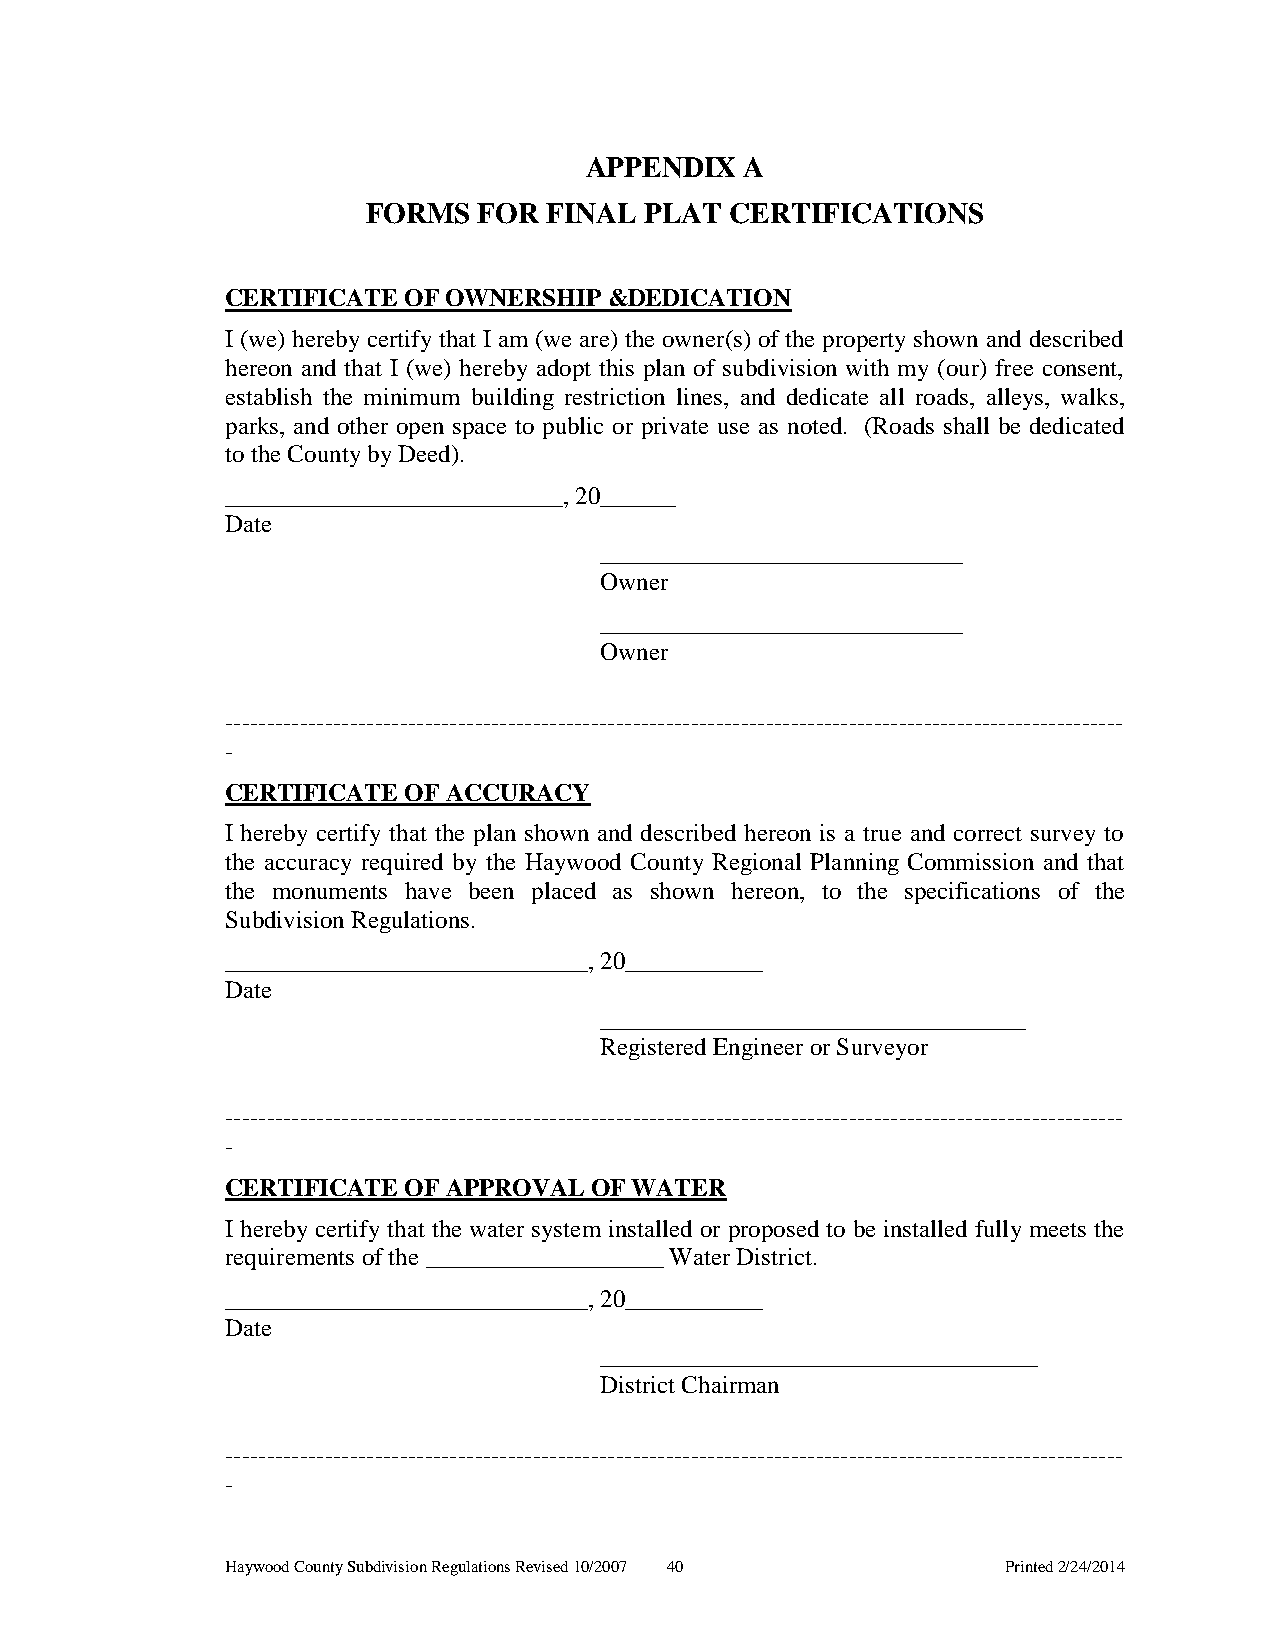
APPENDIX  A
 FORMS   FOR FINAL  PLAT CERTIFICATIONS
 CERTIFICATE OF OWNERSHIP &DEDICATION
 I (we) hereby certify that I am (we are) the owner(s) of the property shown and described
 hereon and that I (we) hereby adopt this plan of subdivision with my (our) free consent,
 establish the minimum building restriction lines, and dedicate all roads, alleys, walks,
 parks, and other open space to public or private use as noted. (Roads shall be dedicated
 to the County by Deed).
 ___________________________, 20______
 Date
 _____________________________
 Owner
 _____________________________
 Owner
 ------------------------------------------------------------------------------------------------------------
 -
 CERTIFICATE OF ACCURACY
 I hereby certify that the plan shown and described hereon is a true and correct survey to
 the accuracy required by the Haywood County Regional Planning Commission and that
 the monuments have been placed as shown hereon, to the specifications of the
 Subdivision Regulations.
 _____________________________, 20___________
 Date
 __________________________________
 Registered Engineer or Surveyor
 ------------------------------------------------------------------------------------------------------------
 -
 CERTIFICATE OF APPROVAL OF WATER
 I hereby certify that the water system installed or proposed to be installed fully meets the
 requirements of the ___________________ Water District.
 _____________________________, 20___________
 Date
 ___________________________________
 District Chairman
 ------------------------------------------------------------------------------------------------------------
 -
 Haywood County Subdivision Regulations Revised 10/2007 40 Printed 2/24/2014